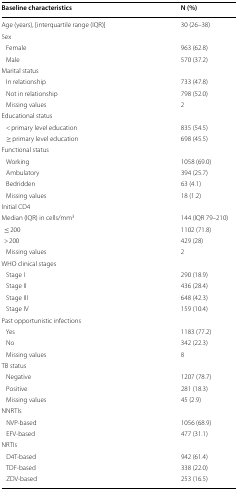
<table><thead><tr><td><b>Baseline characteristics</b></td><td><b>N (%)</b></td></tr></thead><tbody><tr><td>Age (years), [interquartile range (IQR)]</td><td>30 (26–38)</td></tr><tr><td colspan="2">Sex</td></tr><tr><td> Female</td><td>963 (62.8)</td></tr><tr><td> Male</td><td>570 (37.2)</td></tr><tr><td colspan="2">Marital status</td></tr><tr><td> In relationship</td><td>733 (47.8)</td></tr><tr><td> Not in relationship</td><td>798 (52.0)</td></tr><tr><td> Missing values</td><td>2</td></tr><tr><td colspan="2">Educational status</td></tr><tr><td> &lt; primary level education</td><td>835 (54.5)</td></tr><tr><td> ≥ primary level education</td><td>698 (45.5)</td></tr><tr><td colspan="2">Functional status</td></tr><tr><td> Working</td><td>1058 (69.0)</td></tr><tr><td> Ambulatory</td><td>394 (25.7)</td></tr><tr><td> Bedridden</td><td>63 (4.1)</td></tr><tr><td> Missing values</td><td>18 (1.2)</td></tr><tr><td colspan="2">Initial CD4</td></tr><tr><td>Median (IQR) in cells/mm<sup>3</sup></td><td>144 (IQR 79–210)</td></tr><tr><td>≤ 200</td><td>1102 (71.8)</td></tr><tr><td>&gt; 200</td><td>429 (28)</td></tr><tr><td> Missing values</td><td>2</td></tr><tr><td colspan="2">WHO clinical stages</td></tr><tr><td> Stage I</td><td>290 (18.9)</td></tr><tr><td> Stage II</td><td>436 (28.4)</td></tr><tr><td> Stage III</td><td>648 (42.3)</td></tr><tr><td> Stage IV</td><td>159 (10.4)</td></tr><tr><td colspan="2">Past opportunistic infections</td></tr><tr><td> Yes</td><td>1183 (77.2)</td></tr><tr><td> No</td><td>342 (22.3)</td></tr><tr><td> Missing values</td><td>8</td></tr><tr><td colspan="2">TB status</td></tr><tr><td> Negative</td><td>1207 (78.7)</td></tr><tr><td> Positive</td><td>281 (18.3)</td></tr><tr><td> Missing values</td><td>45 (2.9)</td></tr><tr><td colspan="2">NNRTIs</td></tr><tr><td> NVP-based</td><td>1056 (68.9)</td></tr><tr><td> EFV-based</td><td>477 (31.1)</td></tr><tr><td colspan="2">NRTIs</td></tr><tr><td> D4T-based</td><td>942 (61.4)</td></tr><tr><td> TDF-based</td><td>338 (22.0)</td></tr><tr><td> ZDV-based</td><td>253 (16.5)</td></tr></tbody></table>